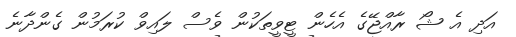
އަދި އެ ޝޯ ރާއްޖޭގެ އެހެން ޓީވީތަކުން ވެސް ލައިވް ކުރަމުން ގެންދާނެ